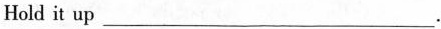
Hold it up___.